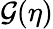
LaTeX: \mathcal{G}(\eta)